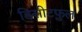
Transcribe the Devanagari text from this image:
डिसीटफुल